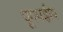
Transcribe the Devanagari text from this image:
पूगयज्ञीय